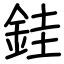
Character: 銈